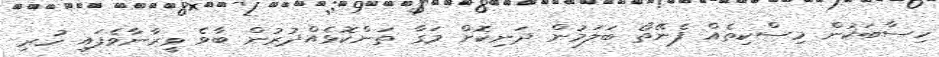
ހިސާބަކުން މިސްކިތެއް ފެނޭތޯ ބަލަމުން ދަނިކޮށް މަގާ ތަންކޮޅެއްދުރުން ބާވެ ވީރާނާވެފައި ހުރި